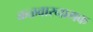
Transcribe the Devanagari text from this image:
कळवारनामक